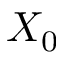
X _ { 0 }